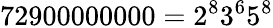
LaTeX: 72900000000=2^{8}3^{6}5^{8}